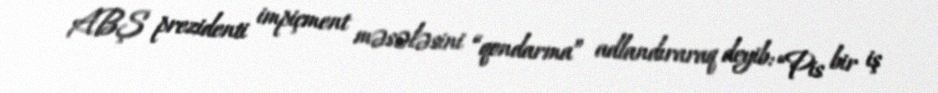
ABŞ prezidenti impiçment məsələsini “qondarma” adlandıraraq deyib: “Pis bir iş